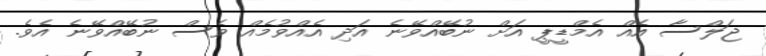
ޖަލްސާ އެއް އެމްޑީޕީ އަށް ނުބޭއްވޭނެ އަދި އެއްވުމެއް ވެސް ނުބޭއްވޭނެ އެވެ.